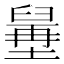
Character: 𦦍